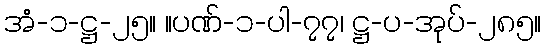
အံ-၁-ဋ္ဌ-၂၅။ ။ပဏ်-၁-ပါ-၇၇၊ ဋ္ဌ-ပ-အုပ်-၂၈၅။